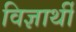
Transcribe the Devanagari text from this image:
विज्ञार्थी